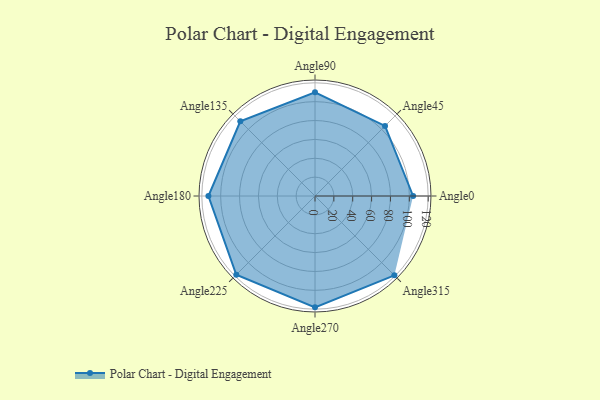
{"axis": {"x": "Angle", "y": "Radius"}, "legend": [""], "data": [{"x": "Angle0", "y": 104.0, "type": ""}, {"x": "Angle45", "y": 105.0, "type": ""}, {"x": "Angle90", "y": 110.0, "type": ""}, {"x": "Angle135", "y": 112.0, "type": ""}, {"x": "Angle180", "y": 113.0, "type": ""}, {"x": "Angle225", "y": 118.0, "type": ""}, {"x": "Angle270", "y": 118.0, "type": ""}, {"x": "Angle315", "y": 119.0, "type": ""}]}